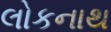
લોકનાથ